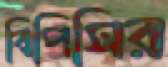
বিপিসির